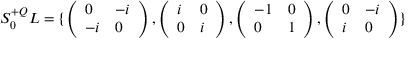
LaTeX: S _ { 0 } ^ { + Q } L = \{ \left( \begin{array} { l l } { { 0 } } & { { - i } } \\ { { - i } } & { { 0 } } \end{array} \right) , \left( \begin{array} { l l } { { i } } & { { 0 } } \\ { { 0 } } & { { i } } \end{array} \right) , \left( \begin{array} { l l } { { - 1 } } & { { 0 } } \\ { { 0 } } & { { 1 } } \end{array} \right) , \left( \begin{array} { l l } { { 0 } } & { { - i } } \\ { { i } } & { { 0 } } \end{array} \right) \}